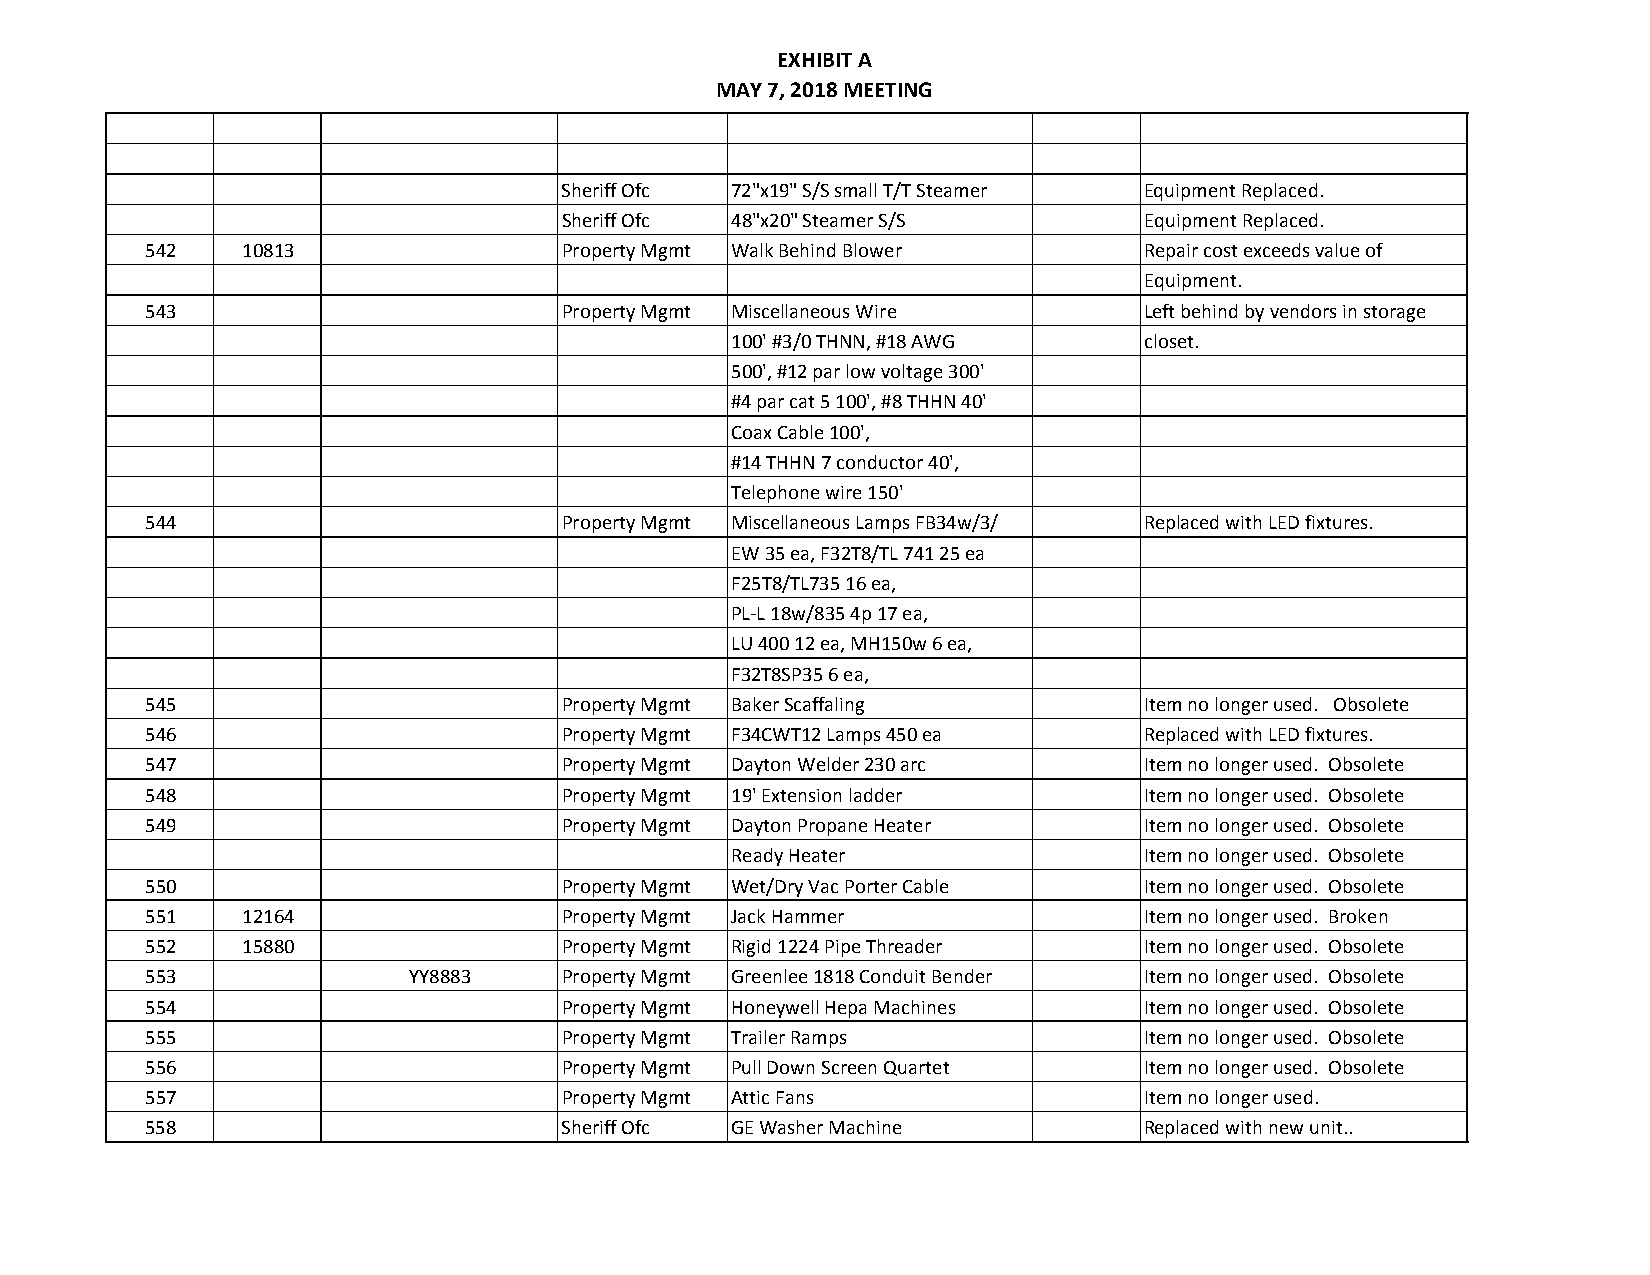
EXHIBIT A
 MAY 7, 2018 MEETING
 Sheriff Ofc 72"x19" S/S small T/T Steamer Equipment Replaced.
 Sheriff Ofc 48"x20" Steamer S/S       Equipment Replaced.
 542    10813                Property Mgmt Walk Behind Blower      Repair cost exceeds value of
 Equipment.
 543                         Property Mgmt Miscellaneous Wire      Left behind by vendors in storage
 100' #3/0 THNN, #18 AWG    closet.
 500', #12 par low voltage 300'
 #4 par cat 5 100', #8 THHN 40'
 Coax Cable 100',
 #14 THHN 7 conductor 40',
 Telephone wire 150'
 544                         Property Mgmt Miscellaneous Lamps FB34w/3/ Replaced with LED fixtures.
 EW 35 ea, F32T8/TL 741 25 ea
 F25T8/TL735 16 ea,
 PL-L 18w/835 4p 17 ea,
 LU 400 12 ea, MH150w 6 ea,
 F32T8SP35 6 ea,
 545                         Property Mgmt Baker Scaffaling        Item no longer used. Obsolete
 546                         Property Mgmt F34CWT12 Lamps 450 ea   Replaced with LED fixtures.
 547                         Property Mgmt Dayton Welder 230 arc   Item no longer used. Obsolete
 548                         Property Mgmt 19' Extension ladder    Item no longer used. Obsolete
 549                         Property Mgmt Dayton Propane Heater   Item no longer used. Obsolete
 Ready Heater               Item no longer used. Obsolete
 550                         Property Mgmt Wet/Dry Vac Porter Cable Item no longer used. Obsolete
 551    12164                Property Mgmt Jack Hammer             Item no longer used. Broken
 552    15880                Property Mgmt Rigid 1224 Pipe Threader Item no longer used. Obsolete
 553               YY8883    Property Mgmt Greenlee 1818 Conduit Bender Item no longer used. Obsolete
 554                         Property Mgmt Honeywell Hepa Machines Item no longer used. Obsolete
 555                         Property Mgmt Trailer Ramps           Item no longer used. Obsolete
 556                         Property Mgmt Pull Down Screen Quartet Item no longer used. Obsolete
 557                         Property Mgmt Attic Fans              Item no longer used.
 558                         Sheriff Ofc GE Washer Machine         Replaced with new unit..